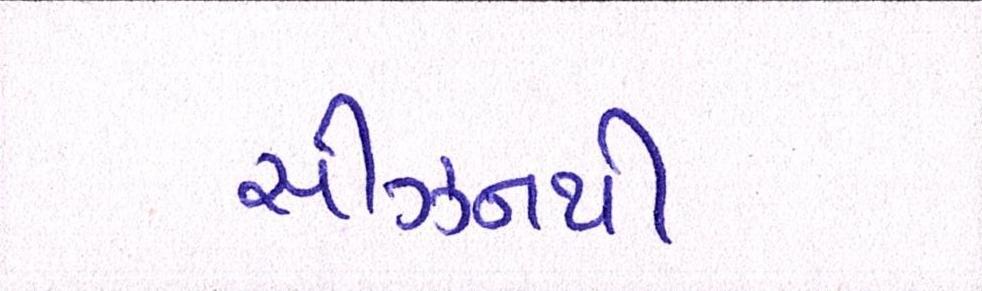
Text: સીઝનથી